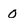
Character: o